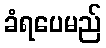
ခံရပေမည်